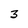
Character: 3